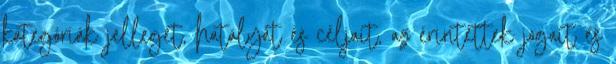
kategóriák jellegét, hatályát és céljait, az érintettek jogait és